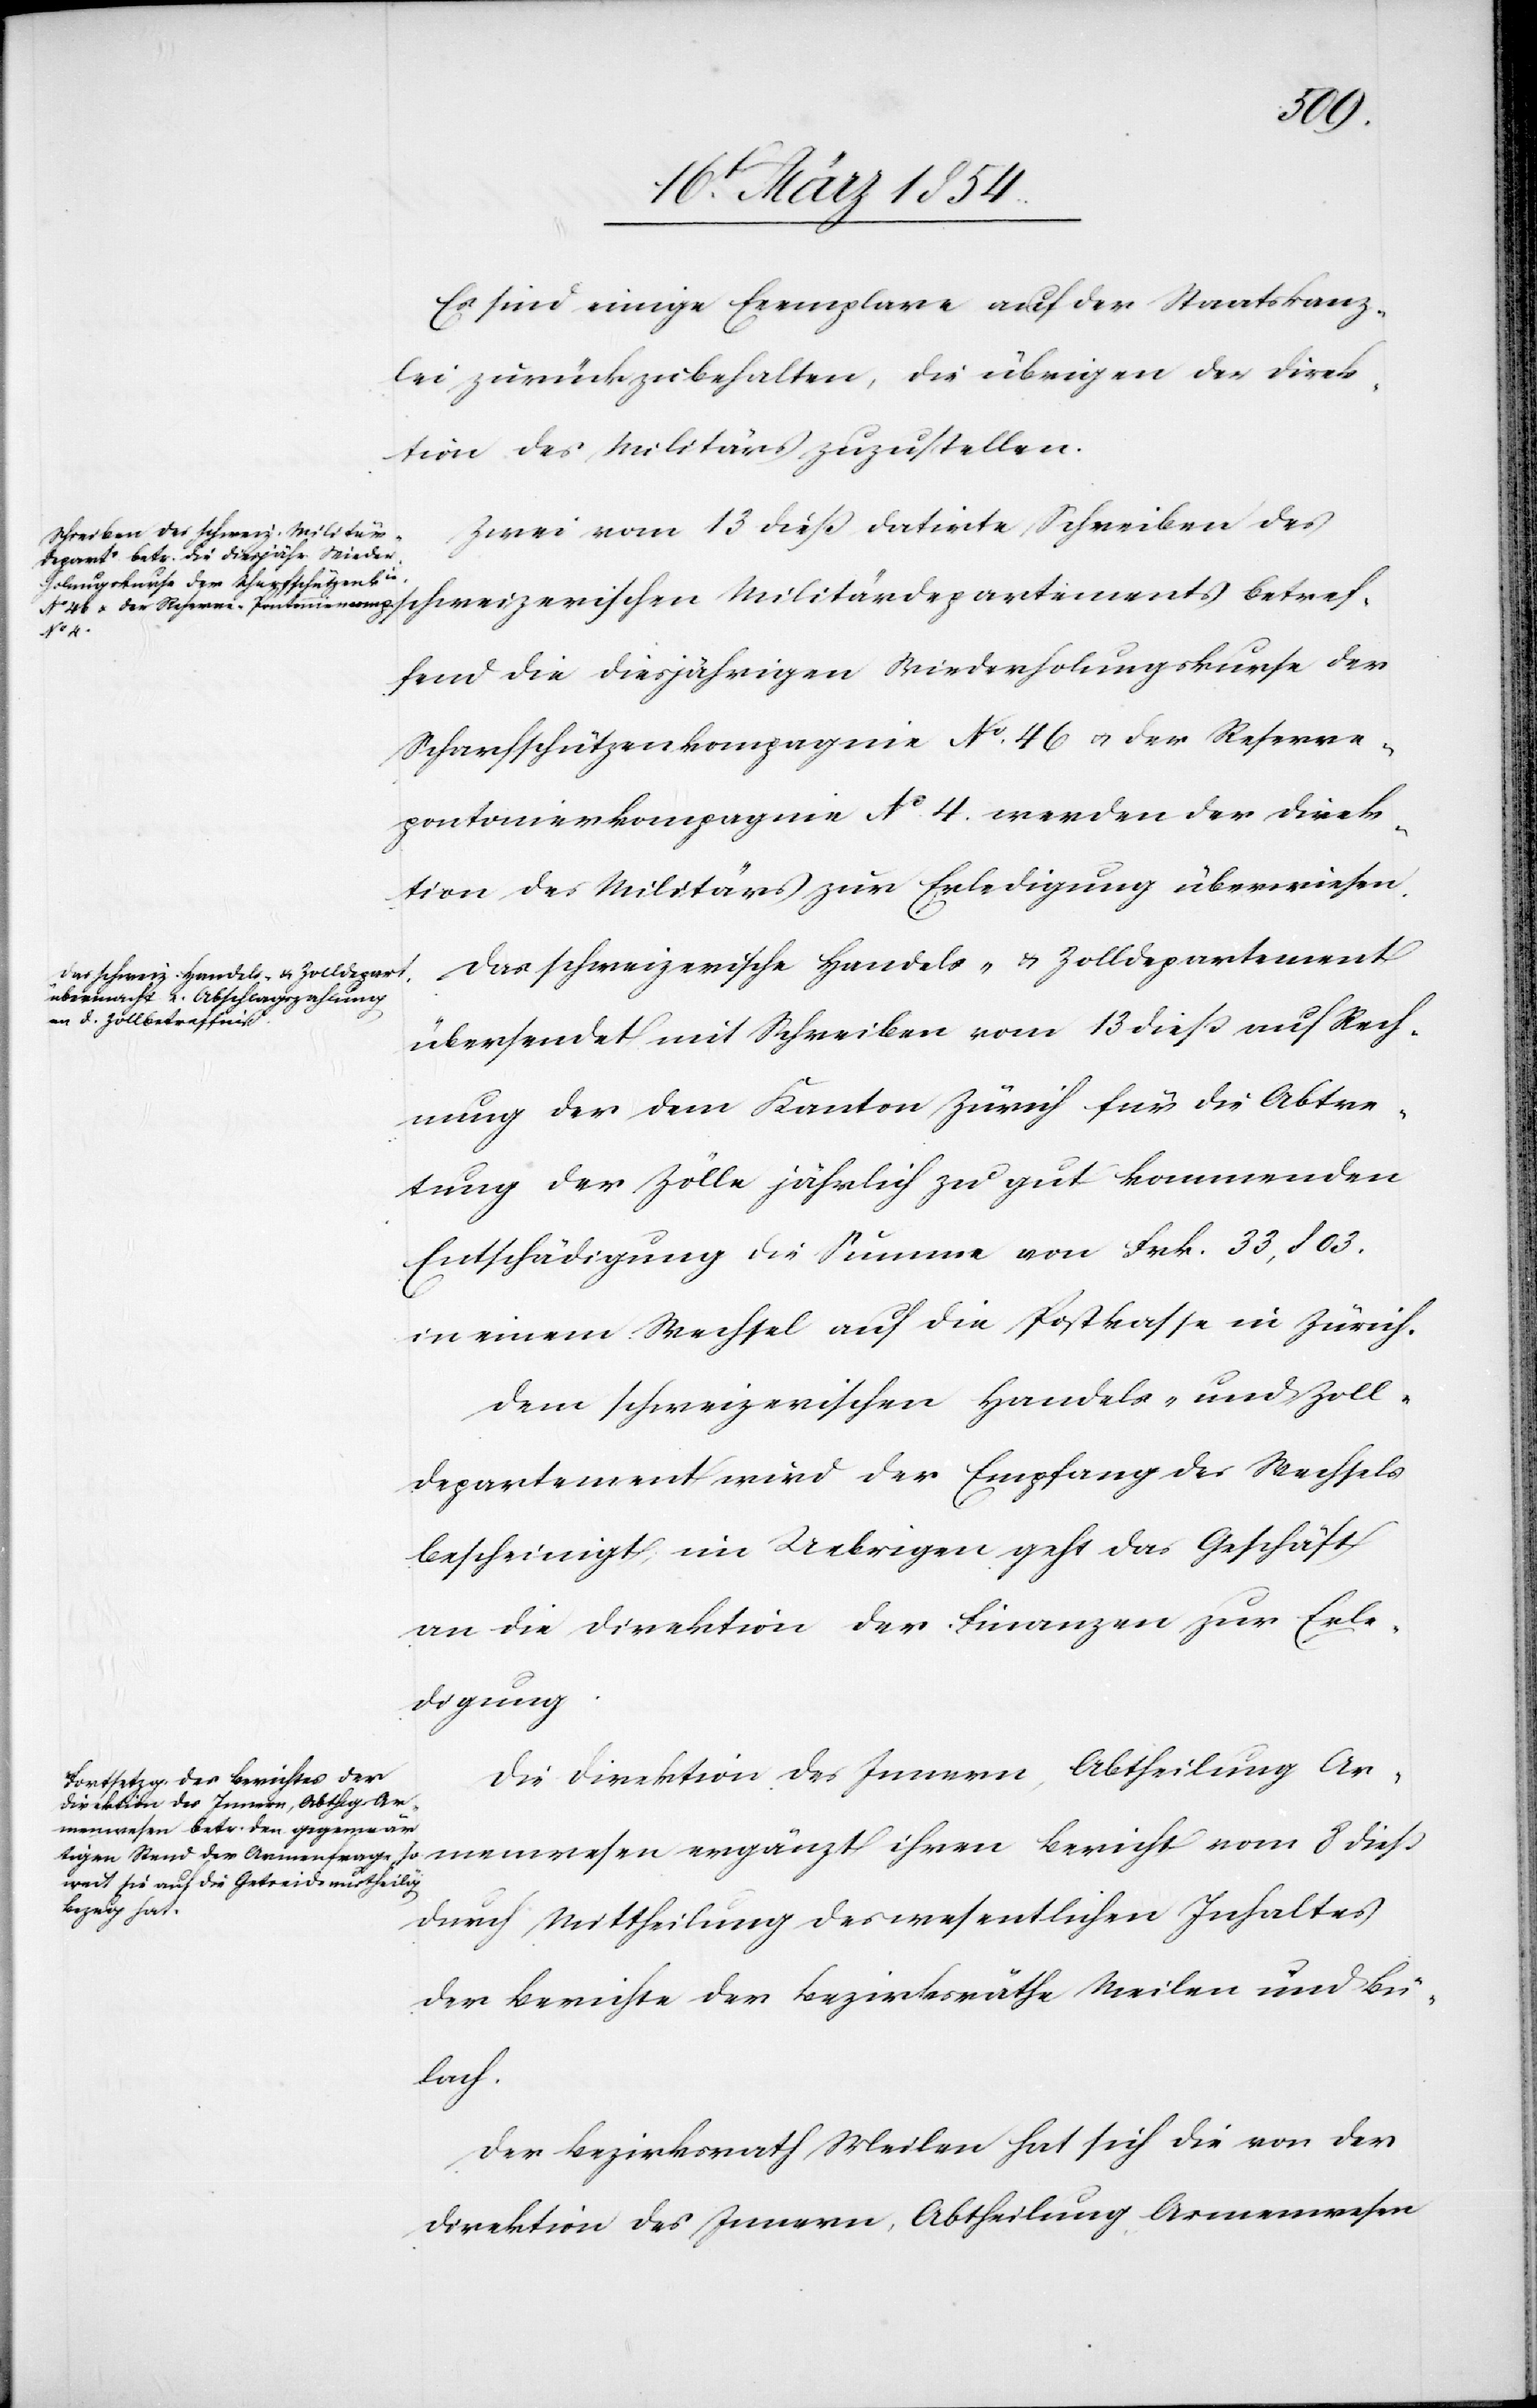
dieß
Es sind einige Exemplare auf der Staatskanz¬
lei zurückzubehalten, die übrigen der Direk¬
tion des Militärs zuzustellen.
Zwei vom 13 dieß datirte Schreiben des
fend die diesjährigen Wiederholungskurse der
Scharfschützenkompagnie No 46 u. der Reserve¬
pontonierkompagnie No 4. werden der Direk¬
tion des Militärs zur Erledigung überwiesen.
Das schweizerische Handels- & Zolldepartement
übersendet mit Schreiben vom 13 dieß auf Rech¬
nung der dem Kanton Zürich für die Abtre¬
tung der Zölle jährlich zu gut kommenden
Entschädigung die Summe von Frk. 33,803.
in einem Wechsel auf die Postkasse in Zürich.
Dem schweizerischen Handels- und Zoll¬
departements wird der Empfang des Wechsels
bescheinigt, im Uebrigen geht das Geschäft
an die Direktion der Finanzen zur Erle¬
digung.
Bericht vom
durch Mittheilung des wesentlichen Inhaltes
der Berichte der Bezirksräthe Meilen und Bü¬
lach.
Der Bezirksrath Meilen hat sich die von der
Direktion des Innern, Abtheilung Armenwesen